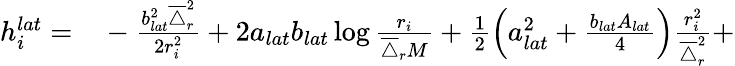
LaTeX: \begin{array}{rl}{h_{i}^{lat}=}&{{}-\frac{b_{lat}^{2}\overline{{\triangle}}_{r}^{2}}{2r_{i}^{2}}+2a_{lat}b_{lat}\log\frac{r_{i}}{\overline{{\triangle}}_{r}M}+\frac{1}{2}\left(a_{lat}^{2}+\frac{b_{lat}A_{lat}}{4}\right)\frac{r_{i}^{2}}{\overline{{\triangle}}_{r}^{2}}+}\end{array}